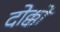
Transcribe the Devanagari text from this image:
दोक्को